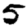
Digit: 5